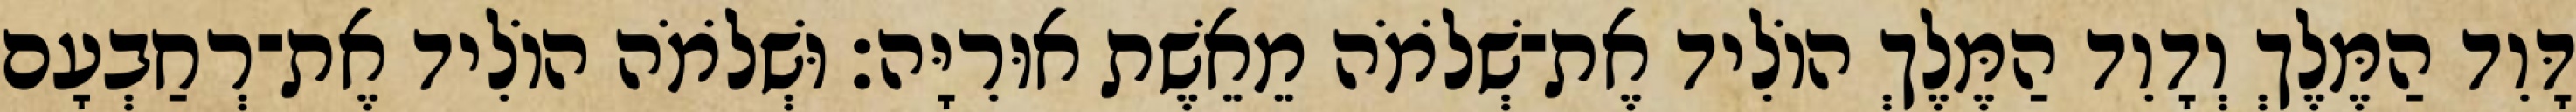
דָּוִד הַמֶּלֶךְ וְדָוִד הַמֶּלֶךְ הוֹלִיד אֶת־שְׁלֹמֹה מֵאֵשֶׁת אוּרִיָּה׃ וּשְׁלֹמֹה הוֹלִיד אֶת־רְחַבְעָם